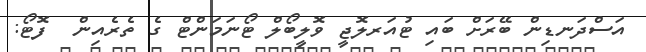
އަސްދަނޑިން ބޭރަށް ބައި ޓުއަރލޮޖީ ވޮލީބޯލް ޓޯނަމަންޓް ގެ ތެރެއިން  ފޮޓޯ: